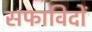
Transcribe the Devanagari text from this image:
सफाविदों